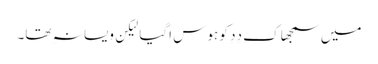
میں سمجھا کِ دِدِ کو ہوس اَگیا لیکِن ویسا نہِ تھا۔